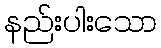
နည်းပါးသော